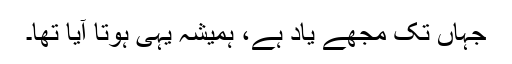
جہاں تک مجھے یاد ہے، ہمیشہ یہی ہوتا آیا تھا۔